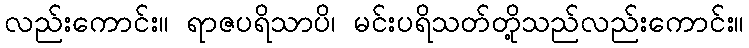
လည်းကောင်း။ ရာဇပရိသာပိ၊ မင်းပရိသတ်တို့သည်လည်းကောင်း။